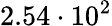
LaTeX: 2.54\cdot 10^{2}